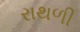
રાથળી